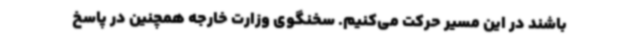
باشند در این مسیر حرکت می‌کنیم. سخنگوی وزارت خارجه همچنین در پاسخ